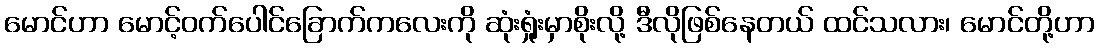
မောင်ဟာ မောင့်ဝက်ပေါင်ခြောက်ကလေးကို ဆုံးရှုံးမှာစိုးလို့ ဒီလိုဖြစ်နေတယ် ထင်သလား၊ မောင်တို့ဟာ